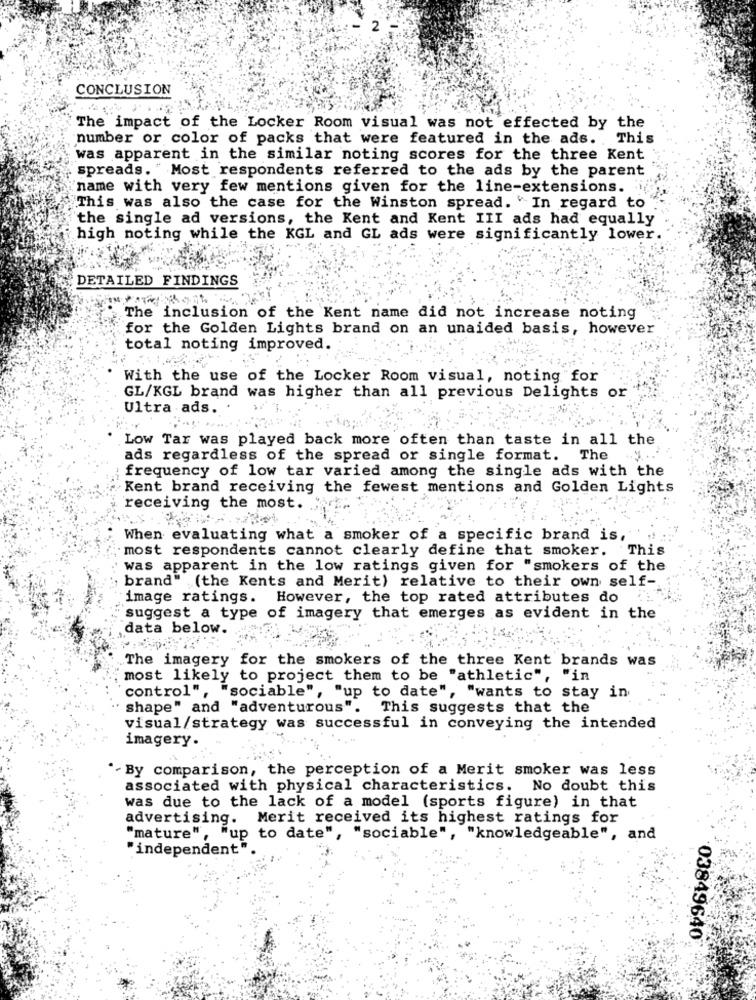
CONCLUSION
The impact of the Locker Room visual was not effected by the
number or color of packs that were featured in the ads. This
was apparent in the similar noting scores for the three Kent
spreads. " Most respondents referred to the ads by the parent
'name with very few mentions given for the line-extensions.
This was also the case for the Winston spread. " In regard to
the single ad versions, the Kent and Kent III ads had equally
high noting while the KGL and GL ads were significantly lower.
DETAILED FINDINGS
The inclusion of the Kent name did not increase noting
for the Golden Lights brand on an unaided basis, however
total noting improved.
With the use of the Locker Room visual, noting for
GL/KGL brand was higher than all previous Delights or
Ultra ads.
Low Tar was played back more often than taste in all the
ads regardless of the spread or single format. The ... '
frequency of low tar varied among the single ads with the
Kent brand receiving the fewest mentions and Golden Lights
receiving the most.
When evaluating what a smoker of a specific brand is,
most respondents cannot clearly define that smoker. This
was apparent in the low ratings given for "smokers of the
brand" (the Kents and Merit) relative to their own self-
image ratings. However, the top rated attributes do
suggest a type of imagery that emerges as evident in the
data below.
The imagery for the smokers of the three Kent brands was
most likely to project them to be "athletic", "in
control", "sociable", "up to date", "wants to stay in
shape" and "adventurous".
This suggests that the
visual/strategy was successful in conveying the intended
imagery.
"-By comparison, the perception of a Merit smoker was less
associated with physical characteristics. No doubt this
was due to the lack of a model (sports figure) in that
advertising. Merit received its highest ratings for
"mature", "up to date", "sociable", "knowledgeable", and
"independent"
03849640